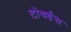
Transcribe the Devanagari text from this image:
टोवर्डस